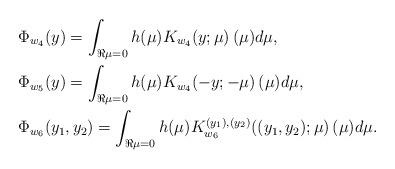
LaTeX: \begin{align*}& \Phi_{w_4}(y) = \int_{\Re \mu = 0} h(\mu) K_{w_4}(y; \mu )\, (\mu) d \mu,\\& \Phi_{w_5}(y) = \int_{\Re \mu = 0} h(\mu) K_{w_4}(-y; -\mu )\, (\mu) d \mu ,\\& \Phi_{w_6}(y_1, y_2) = \int_{\Re \mu = 0} h(\mu) K^{(y_1), (y_2)}_{w_6}((y_1, y_2) ; \mu )\, (\mu) d \mu.\end{align*}